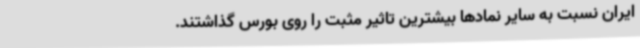
ایران نسبت به سایر نمادها بیشترین تاثیر مثبت را روی بورس گذاشتند.